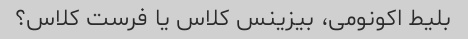
بلیط اکونومی، بیزینس کلاس یا فرست کلاس؟